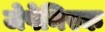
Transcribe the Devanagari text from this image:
जेपेनिस्क